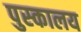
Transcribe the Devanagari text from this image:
पुस्‍कालय